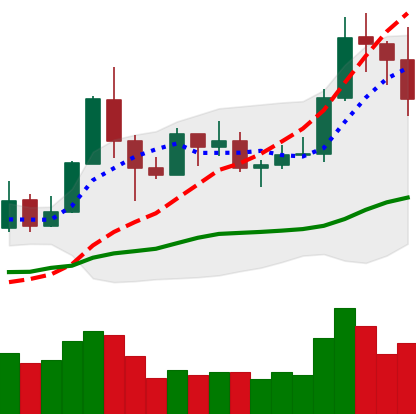
Ticker: TRX-USD
Chart end date: 2019-05-30
Forward return: 11.623%
Label: up_7plus